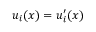
u _ { i } ( x ) = u _ { i } ^ { \prime } ( x )